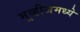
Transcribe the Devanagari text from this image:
मूव्हीजमध्ये